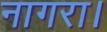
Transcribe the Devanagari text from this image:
नागरा।